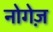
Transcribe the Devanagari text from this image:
नोगेज़